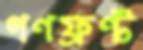
গণফ্রন্ট